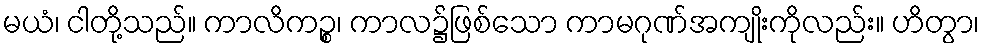
မယံ၊ ငါတို့သည်။ ကာလိကဉ္စ၊ ကာလ၌ဖြစ်သော ကာမဂုဏ်အကျိုးကိုလည်း။ ဟိတွာ၊